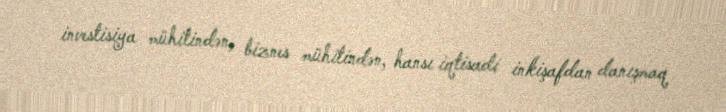
investisiya mühitindən, biznes mühitindən, hansı iqtisadi inkişafdan danışmaq